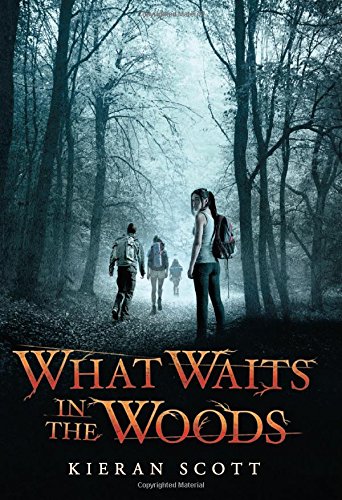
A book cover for What Waits in the Woods; Kieran Scott; Teen & Young Adult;